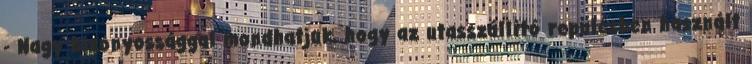
- Nagy bizonyossággal mondhatjuk, hogy az utasszállító repülésben használt